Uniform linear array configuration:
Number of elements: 24
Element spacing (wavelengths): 0.5
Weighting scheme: exponential
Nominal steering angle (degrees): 45
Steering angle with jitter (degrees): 45.591
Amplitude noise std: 0.05
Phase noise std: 0.05

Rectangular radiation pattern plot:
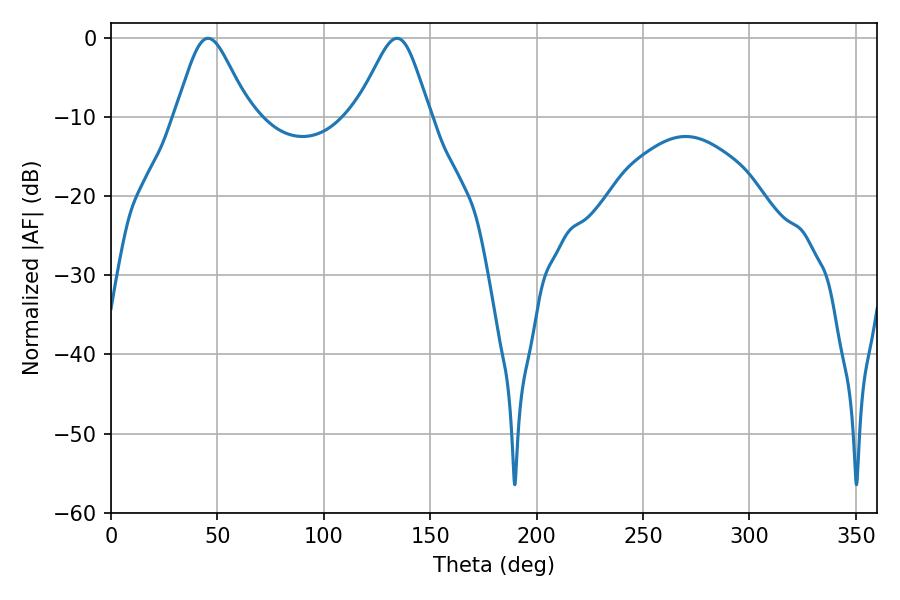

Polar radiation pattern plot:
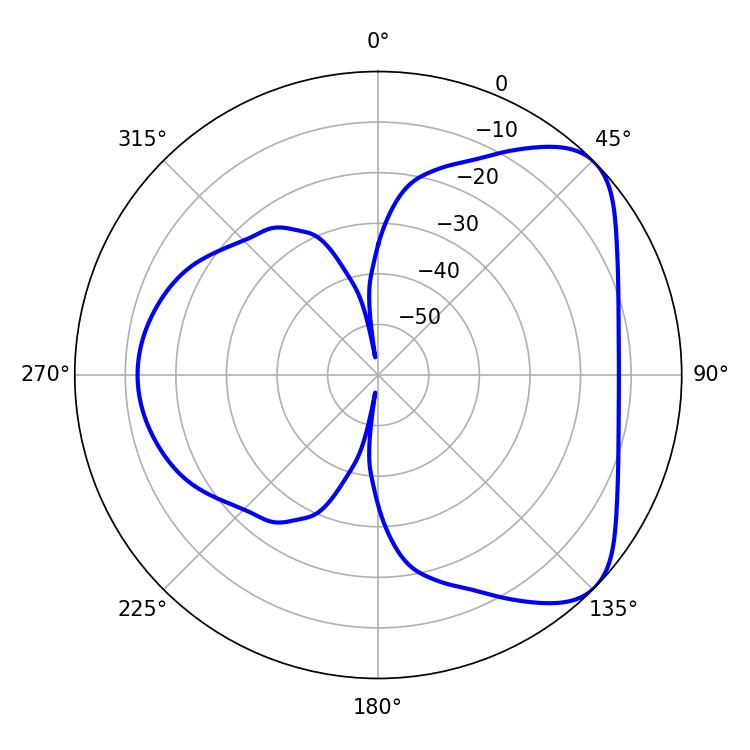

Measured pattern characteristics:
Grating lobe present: FALSE
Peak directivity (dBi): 5.93
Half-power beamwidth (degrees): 16.92
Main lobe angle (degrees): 45.54